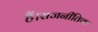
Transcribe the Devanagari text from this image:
हैं।राजनीतिक